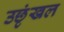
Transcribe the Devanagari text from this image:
उछृंखल